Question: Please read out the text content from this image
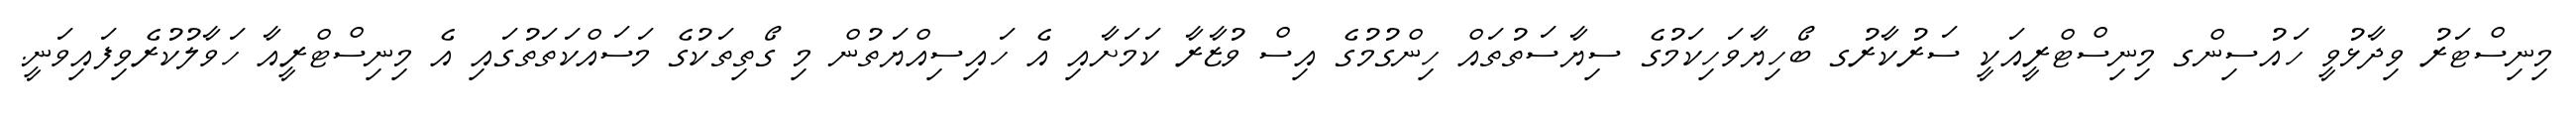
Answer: މިނިސްޓަރު ވިދާޅުވީ ހައުސިންގ މިނިސްޓްރީއަކީ ސަރުކާރުގ ބޯހިޔާވަހިކަމުގެ ސިޔާސަތުތައް ހިންގުމުގެ އިސް ވުޒާރާ ކަމަށާއި އެ ހައިސިއްޔަތުން މި ގޯތިތަކުގެ މަސައްކަތަތުގައި އެ މިނިސްޓްރީއާ ހަވާލުކުރެވިފައިވަނީ.